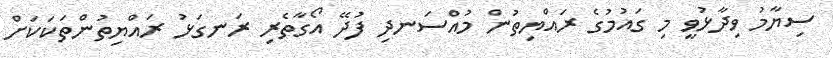
ސިޔާމު ވިދާޅުވީ މި ގައުމުގެ ރައްޔިތުން މުއްސަނދި ފުދޭ އޯގާތެރި ރަނގަޅު ރައްޔިތުންތަކަކަށް